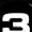
Digit: 3